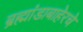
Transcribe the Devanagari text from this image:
ब्रह्मांडाबाहेरचे